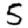
Digit: 5